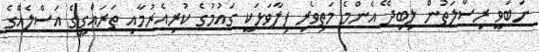
ނަބަވީ ރިސާލަތުން ލިބިދޭ އެންމެ މަތިވެރި ފިލާވަޅަކީ ގައުމުގެ ކުރިއެރުމާއި ތަރައްގީގެ އަސްލެއްގެ